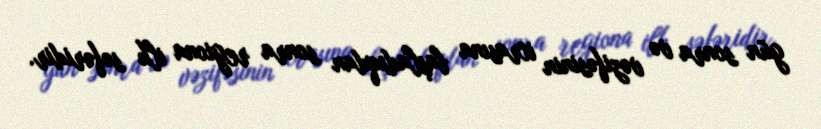
gün sonra və vəzifəsinin icrasına başladıqdan sonra regiona ilk səfəridir.